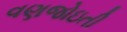
વણજોઇતી